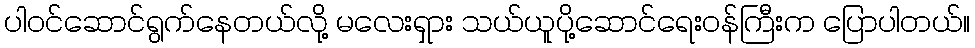
ပါဝင်ဆောင်ရွက်နေတယ်လို့ မလေးရှား သယ်ယူပို့ဆောင်ရေးဝန်ကြီးက ပြောပါတယ်။